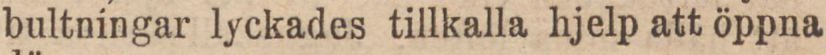
bultningar lyckades tillkalla hjelp att öppna